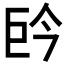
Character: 𭘈